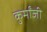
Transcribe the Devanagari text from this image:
कुर्मांजी